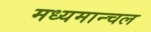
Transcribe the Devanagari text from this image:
मध्यमान्चल